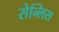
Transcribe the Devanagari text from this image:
सेन्लिस